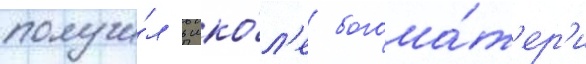
получи́л в шко́л'е богома́т'ер'и